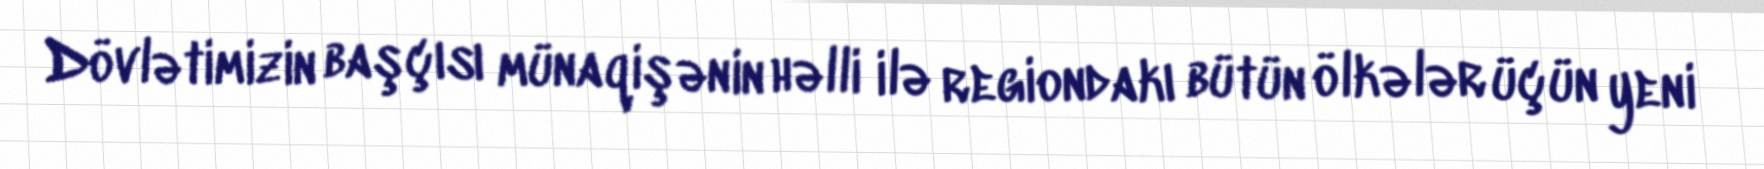
Dövlətimizin başçısı münaqişənin həlli ilə regiondakı bütün ölkələr üçün yeni